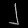
Digit: ၂